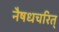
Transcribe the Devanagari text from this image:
नैषधचरित्‌